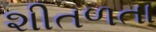
શીતળતા